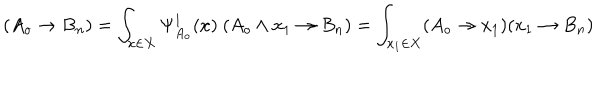
( A _ { o } \rightarrow B _ { n } ) = \int _ { x \in X } \Psi _ { A _ { o } } ^ { 1 } ( x ) \ ( A _ { o } \wedge x _ { 1 } \rightarrow B _ { n } ) = \int _ { x _ { 1 } \in X } ( A _ { o } \rightarrow x _ { 1 } ) ( x _ { 1 } \rightarrow B _ { n } )